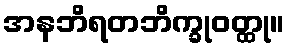
အနဘိရတဘိက္ခုဝတ္ထု။